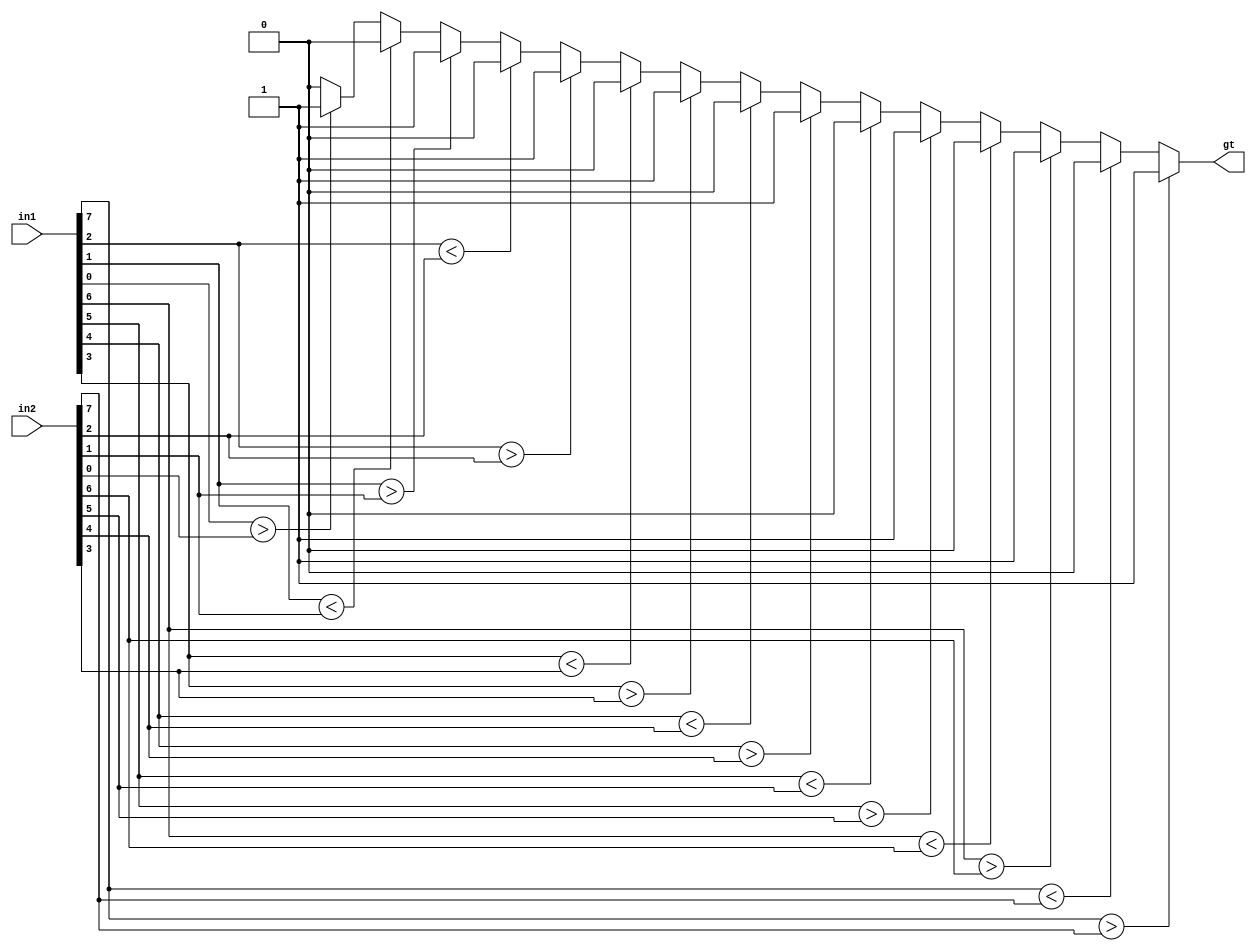
`timescale 1ns / 1ps
//////////////////////////////////////////////////////////////////////////////////
// Company: 
// Engineer: 
// 
// Design Name: 
// Module Name: comparator
// Project Name: 
// Target Devices: 
// Tool Versions: 
// Description: 
// 
// Dependencies: 
// 
// Revision:
// Revision 0.01 - File Created
// Additional Comments:
// 
//////////////////////////////////////////////////////////////////////////////////


module comparator(output gt,input [7:0] in1,in2);
assign gt = in1[7] > in2[7] ? 1 : (in1[7] < in2[7] ?  0 : (in1[6] > in2[6] ? 1 : (in1[6] < in2[6] ? 0 : ( in1[5] > in2[5] ? 1 : (in1[5] < in2[5] ? 0 : (in1[4] > in2[4] ? 1 : (in1[4] < in2[4] ? 0 : (in1[3] > in2[3] ? 1 : (in1[3]<in2[3] ? 0 : (in1[2]>in2[2] ? 1 : (in1[2] < in2[2] ? 0 : (in1[1] > in2[1] ? 1 : (in1[1] < in2[1] ? 0 : (in1[0]>in2[0] ? 1 : 0 )))))))))))))); 
endmodule